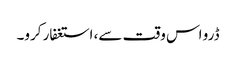
ڈرو اس وقت سے، استغفار کرو۔